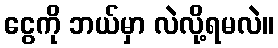
ငွေကို ဘယ်မှာ လဲလို့ရမလဲ။